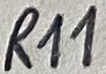
Text: R11